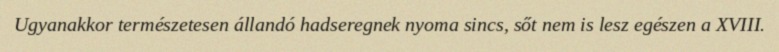
Ugyanakkor természetesen állandó hadseregnek nyoma sincs, sőt nem is lesz egészen a XVIII.